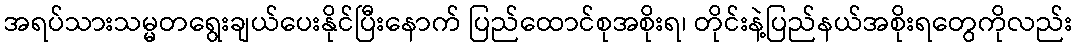
အရပ်သားသမ္မတရွေးချယ်ပေးနိုင်ပြီးနောက် ပြည်ထောင်စုအစိုးရ၊ တိုင်းနဲ့ပြည်နယ်အစိုးရတွေကိုလည်း